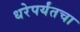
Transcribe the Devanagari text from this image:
धरेपर्यंतचा